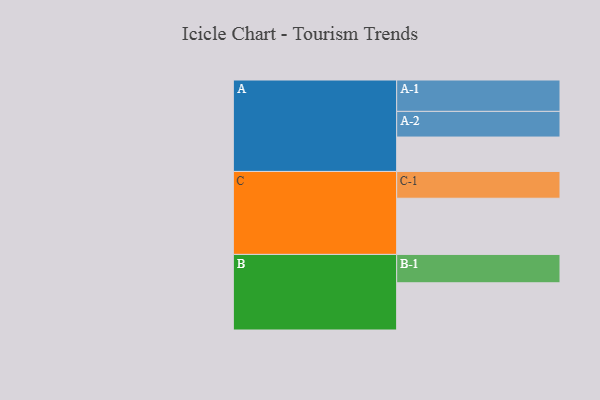
{"axis": {"x": "Segment", "y": "Value"}, "legend": ["", "A", "B", "C"], "data": [{"x": "A", "y": 308, "type": ""}, {"x": "B", "y": 423, "type": ""}, {"x": "C", "y": 503, "type": ""}, {"x": "A-1", "y": 281, "type": "A"}, {"x": "A-2", "y": 230, "type": "A"}, {"x": "B-1", "y": 254, "type": "B"}, {"x": "C-1", "y": 240, "type": "C"}]}